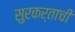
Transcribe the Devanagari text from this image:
सुरकर्ताची